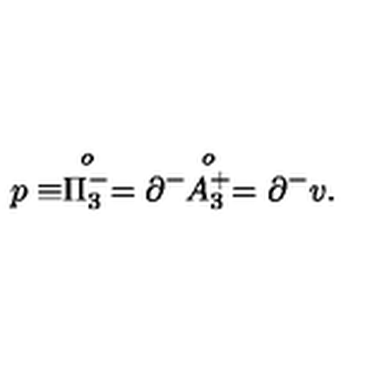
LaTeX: p \equiv \stackrel { o } { \Pi _ { 3 } ^ { - } } = \partial ^ { - } \! \! \stackrel { o } { A _ { 3 } ^ { + } } = \partial ^ { - } v .